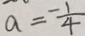
a = \frac { - 1 } { 4 }